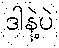
ဒါနဲ့ပဲ